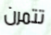
تتمرن